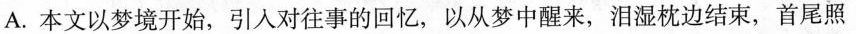
A.本文以梦境开始，引人对往事的回忆，以从梦中醒来，泪湿枕边结束，首尾照